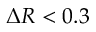
\Delta R < 0 . 3